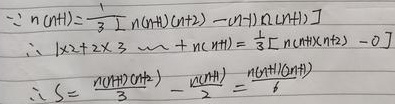
\(\because n(n + 1)=\frac{1}{3}[n(n + 1)(n + 2)-(n - 1)n(n + 1)]\)
\(\therefore 1\times2 + 2\times3+\cdots + n(n + 1)=\frac{1}{3}[n(n + 1)(n + 2)-0]\)
\(\therefore S=\frac{n(n + 1)(n + 2)}{3}-\frac{n(n + 1)}{2}=\frac{n(n + 1)(2n + 1)}{6}\)